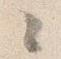
々